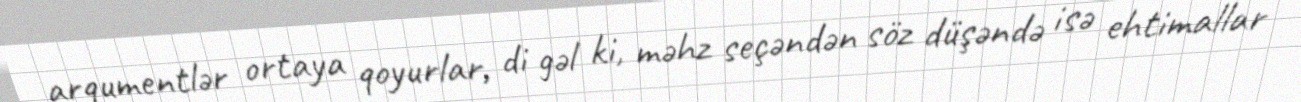
arqumentlər ortaya qoyurlar, di gəl ki, məhz seçəndən söz düşəndə isə ehtimallar